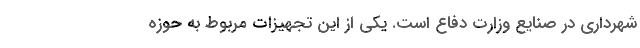
شهرداری در صنایع وزارت دفاع است. یکی از این تجهیزات مربوط به حوزه